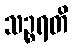
သဉ္စရတိ